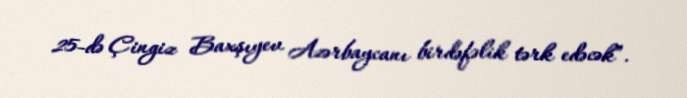
25-də Çingiz Baxşıyev Azərbaycanı birdəfəlik tərk edəcək”.